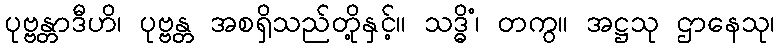
ပုဗ္ဗန္တာဒီဟိ၊ ပုဗ္ဗန္တ အစရှိသည်တို့နှင့်။ သဒ္ဓိံ၊ တကွ။ အဋ္ဌသု ဌာနေသု၊